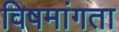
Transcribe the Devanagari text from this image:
विषमांगता